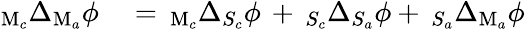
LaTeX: \begin{array}{rl}{_{\mathrm{M}_{c}}\Delta_{\mathrm{M}_{a}}\phi}&{{}=\, _{\mathrm{M}_{c}}\Delta_{S_{c}}\phi\, +\, _{S_{c}}\Delta_{S_{a}}\phi+\, _{S_{a}}\Delta_{\mathrm{M}_{a}}\phi}\end{array}